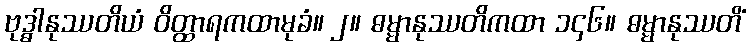
ဗုဒ္ဓါနုဿတိယံ ဝိတ္ထာရကထာမုခံ။ ၂။ ဓမ္မာနုဿတိကထာ ၁၄၆။ ဓမ္မာနုဿတိံ